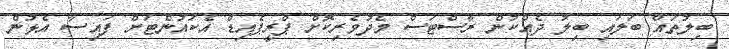
ބިލުތައް ބަލައި ބިލު ދެއްކުން ރާސްޓަސް މެދުވެރިކޮށް ޕްރީޕެއިޑް އެކައުންޓަށް ފައިސާ އެޅުން